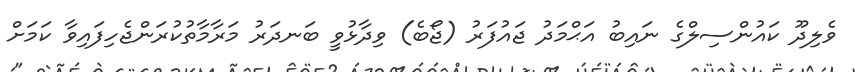
ވެލިދޫ ކައުންސިލްގެ ނައިބު އަޙްމަދު ޖައުފަރު (ޖޯބެ) ވިދާޅުވީ ބަނދަރު މަރާމާތުކުރަންޖެހިފައިވާ ކަމަށް